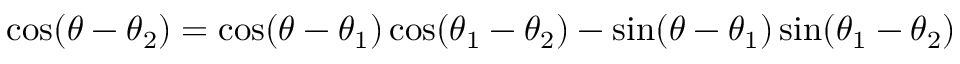
\cos ( \theta - \theta _ { 2 } ) = \cos ( \theta - \theta _ { 1 } ) \cos ( \theta _ { 1 } - \theta _ { 2 } ) - \sin ( \theta - \theta _ { 1 } ) \sin ( \theta _ { 1 } - \theta _ { 2 } )